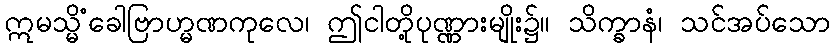
ဣမသ္မိံခေါဗြာဟ္မဏကုလေ၊ ဤငါတို့ပုဏ္ဏားမျိုး၌။ သိက္ခာနံ၊ သင်အပ်သော